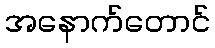
အနောက်တောင်